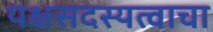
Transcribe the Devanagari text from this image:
पक्षसदस्यत्वाचा